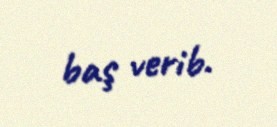
baş verib.